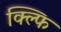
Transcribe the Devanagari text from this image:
क्ल्फि